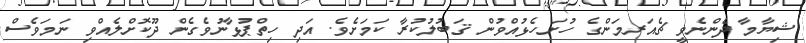
ޝިޔާމާ ދެންނެވީ ޗެއަރމަންގެ ހުށަހެޅުއްވުން ޤަބުލުކުރާ ކަމަށެވެ. އަދި ހިތްޕުޅާނުވެގެން ދޫކޮށްލެއްވި ނަމަވެސް